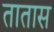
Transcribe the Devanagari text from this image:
तातास